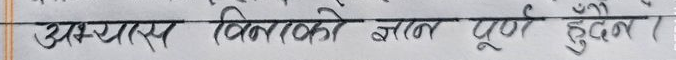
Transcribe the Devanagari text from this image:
अभ्यास बिनाको ज्ञान पूर्ण हुँदैन।